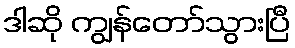
ဒါဆို ကျွန်တော်သွားပြီ